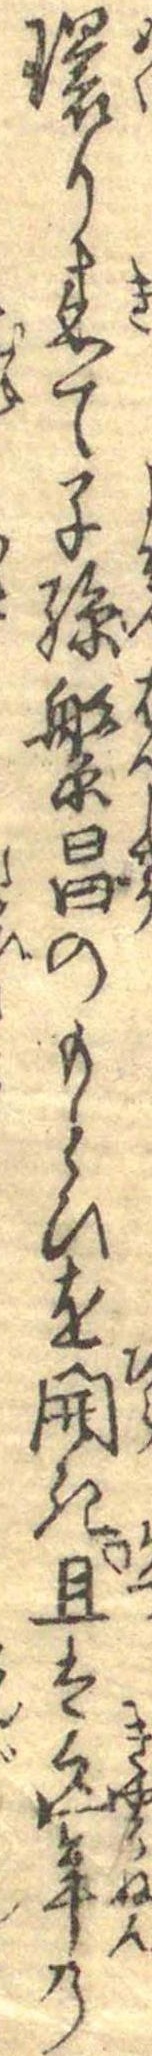
環り来て子孫繁昌のもとひを開き且は久年の